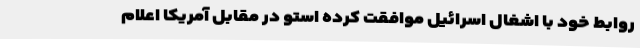
روابط خود با اشغال اسرائیل موافقت کرده استو در مقابل آمریکا اعلام